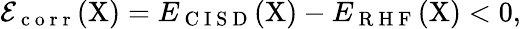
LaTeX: \mathcal{E}_{\mathrm{~c~o~r~r~}}(\mathrm{X})=E_{\mathrm{~C~I~S~D~}}(\mathrm{X})-E_{\mathrm{~R~H~F~}}(\mathrm{X})<0,